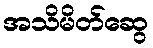
အသိမိတ်ဆွေ